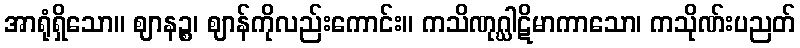
အာရုံရှိသော။ ဈာနဉ္စ၊ ဈာန်ကိုလည်းကောင်း။ ကသိဏုဂ္ဃါဋိမာကာသော၊ ကသိုဏ်းပညတ်